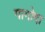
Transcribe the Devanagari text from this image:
गागोदा